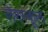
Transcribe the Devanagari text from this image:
लेरस्कूल